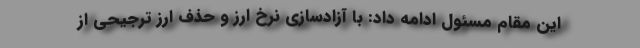
این مقام مسئول ادامه داد: با آزادسازی نرخ ارز و حذف ارز ترجیحی از